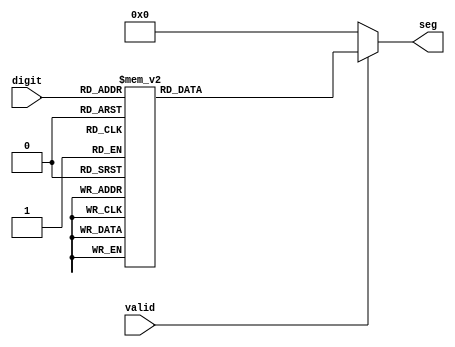
module led7seg_decode
(
    input [3:0] digit,
    input valid,
    output reg [7:0] seg
);
    always @(digit)
    if(valid)
        case(digit)
            0: seg = 8'b00111111;//0
            1: seg = 8'b00000110;//1
            2: seg = 8'b01011011;//2
            3: seg = 8'b01001111;//3
            4: seg = 8'b01100110;//4
            5: seg = 8'b01101101;//5
            6: seg = 8'b01111101;//6
            7: seg = 8'b00000111;//7
            8: seg = 8'b01111111;//8
            9: seg = 8'b01101111;//9
            default: seg = 0;
        endcase
    else seg = 8'd0;

endmodule